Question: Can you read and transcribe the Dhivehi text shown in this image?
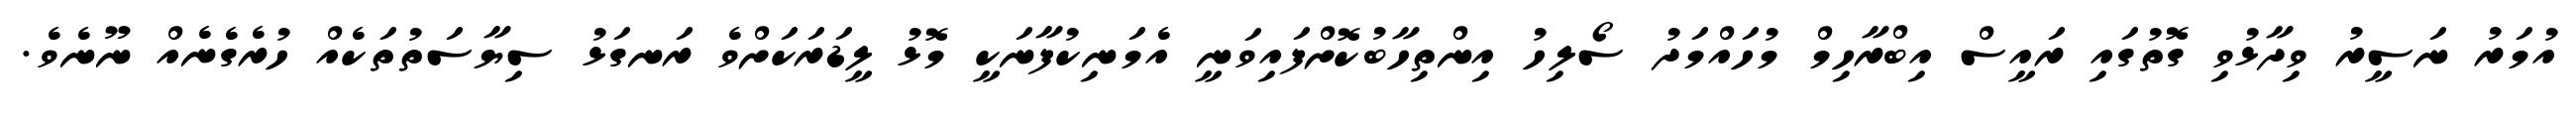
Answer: އުމަރު ނަސީރު ވިދާޅުވި ގޮތުގައި ރައީސް އިބްރާހިމް މުހައްމަދު ސޯލިހު އިންތިހާބުކޮށްފައިވަނީ އެމަނިކުފާނަކީ މޮޅު ލީޑަރަކަށްވެ ރަނގަޅު ސިޔާސަތުތަކެއް ހުރެގެނެއް ނޫނެވެ.